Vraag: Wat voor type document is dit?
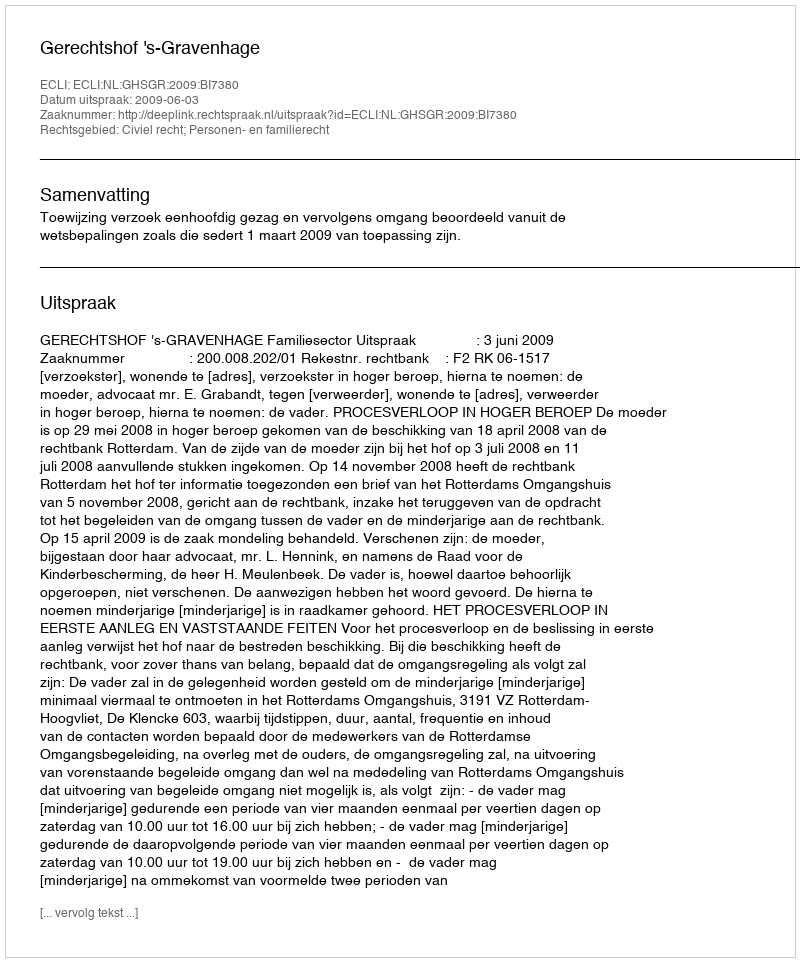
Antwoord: Uitspraak